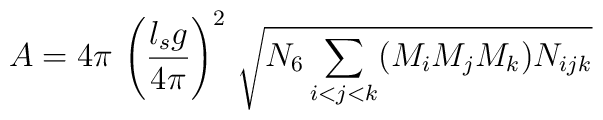
A = 4\pi \, \left({l_s g \over 4\pi}\right)^2 \,\sqrt{N_6 \sum_{i<j<k} ( M_i M_j M_k) N_{ijk} }